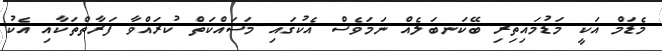
މެޑަމް އަކީ މަޑުމައިތިރި ބޭކަނބަލެއް ނަމަވެސް އެކުގައި މަސައްކަތް ކުރައްވާ ފަރާތްތަކާއި އެކު